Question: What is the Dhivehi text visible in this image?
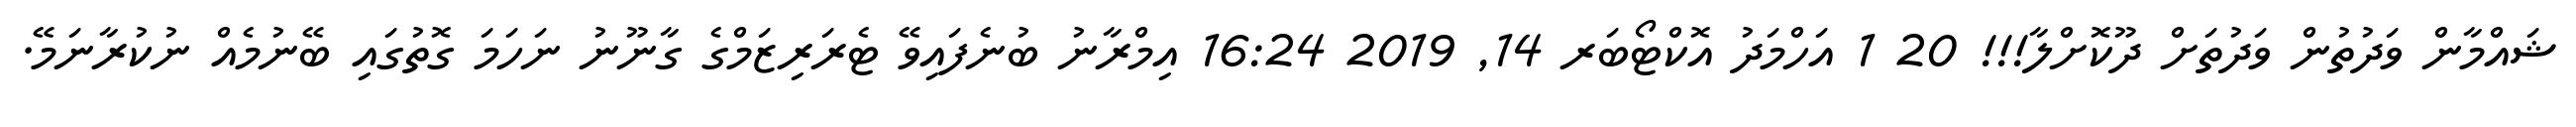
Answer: ޝައްމާން ވަދުތުން ވަދުތަށް ދޫކޮށްލާ!!! 20 1 އަހްމަދު އޮކްޓޯބަރ 14, 2019 16:24 އިމްރާނު ބުނެފައިވޭ ޓެރަރިޒަމްގެ ގާނޫނު ނަހަމަ ގޮތުގައި ބޭނުމެއް ނުކުރާނަމޭ.